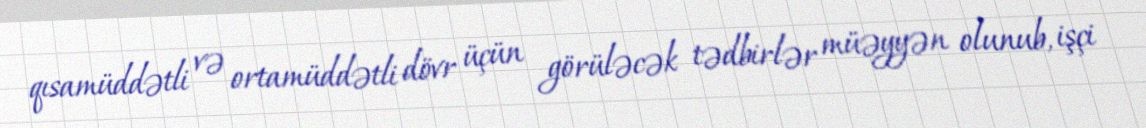
qısamüddətli və ortamüddətli dövr üçün görüləcək tədbirlər müəyyən olunub, işçi